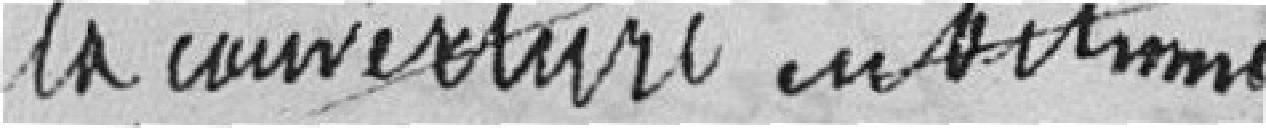
la couverture en bitume